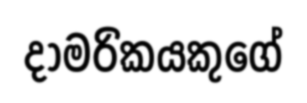
දාමරිකයකුගේ